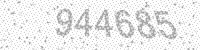
Solution: 944685